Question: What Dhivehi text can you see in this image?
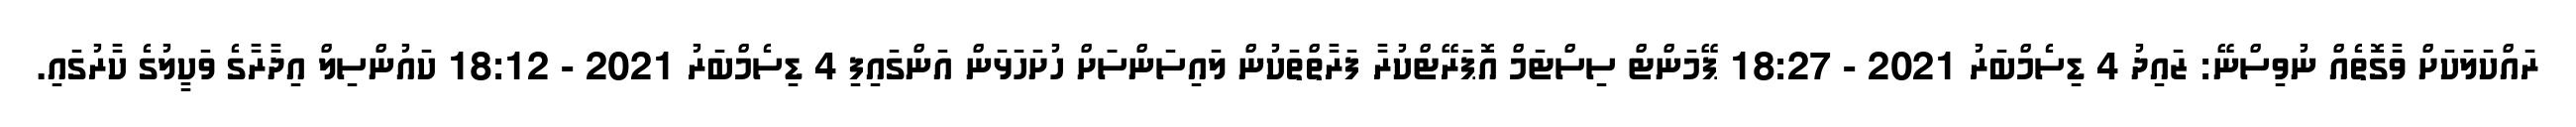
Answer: ރައްކަލަކަށް ވާގޮތެއް ނުވިސްނޭ: ޒައިދު 4 ޑިސެމްބަރު 2021 - 18:27 ޕޭމަންޓް ސިސްޓަމް އޮޕަރޭޓްކުރާ ފަރާތްތަކުން ލައިސަންސަަށް ހުށަހަޅަން އަންގައިފި 4 ޑިސެމްބަރު 2021 - 18:12 ކައުންސިލް އިދާރާގެ ވަކީލުގެ ކާރުގައި.